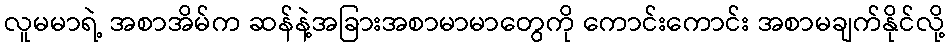
လူမမာရဲ့ အစာအိမ်က ဆန်နဲ့အခြားအစာမာမာတွေကို ကောင်းကောင်း အစာမချက်နိုင်လို့